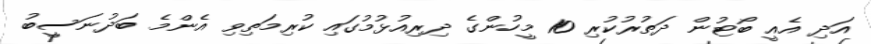
އަދި އެއީ ބޯޓުން ދަތުރުކުރި 10 މީހުންގެ ދިރިއުޅުމުގައި ކުރިމަތިވި އެންމެ ބަދުނަސީބު